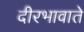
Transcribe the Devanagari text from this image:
दीरभावाते